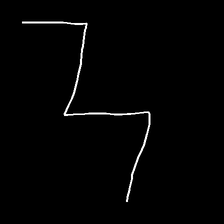
Glyph: crush